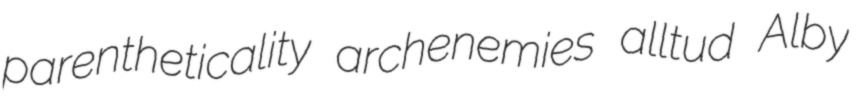
parentheticality archenemies alltud Alby